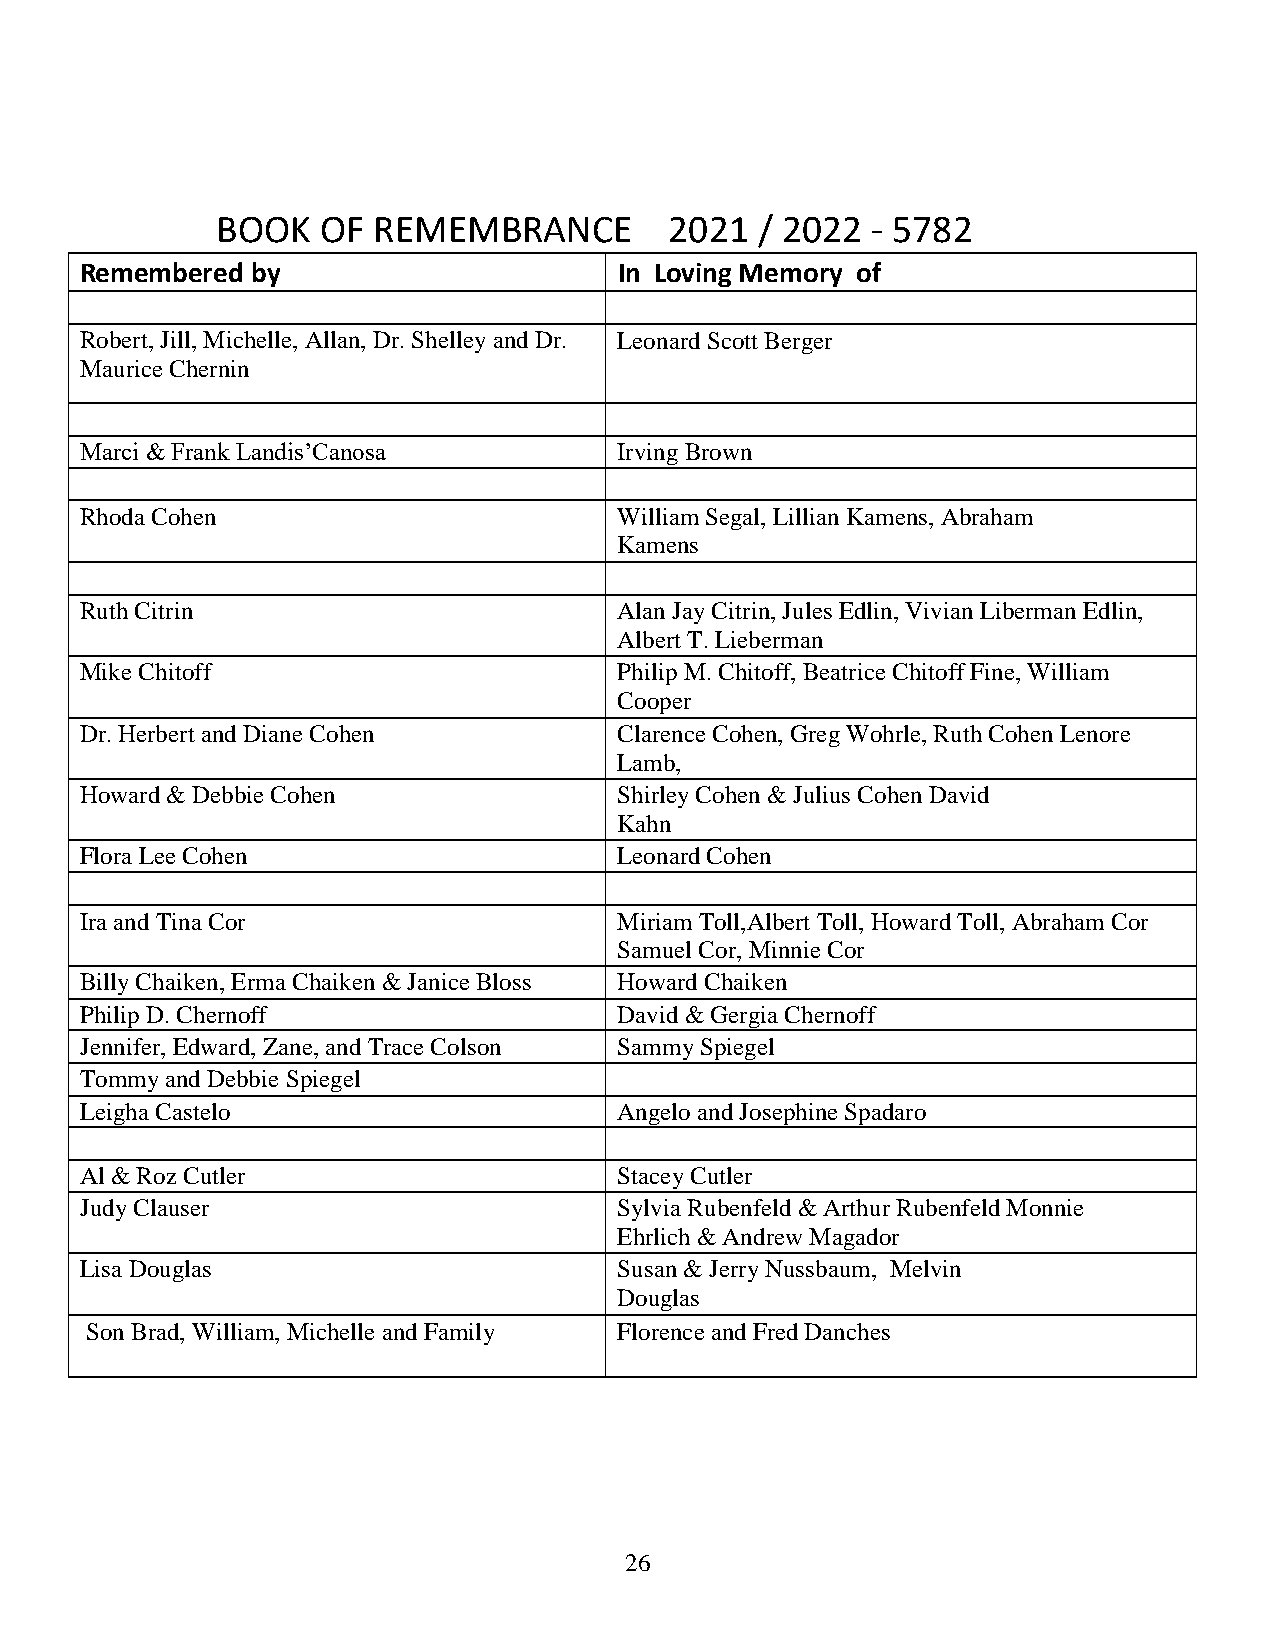
BOOK   OF  REMEMBRANCE        2021  / 2022  - 5782
 Remembered  by                      In Loving Memory of
 Robert, Jill, Michelle, Allan, Dr. Shelley and Dr. Leonard Scott Berger
 Maurice Chernin
 Marci & Frank Landis’Canosa         Irving Brown
 Rhoda Cohen                         William Segal, Lillian Kamens, Abraham
 Kamens
 Ruth Citrin                         Alan Jay Citrin, Jules Edlin, Vivian Liberman Edlin,
 Albert T. Lieberman
 Mike Chitoff                        Philip M. Chitoff, Beatrice Chitoff Fine, William
 Cooper
 Dr. Herbert and Diane Cohen         Clarence Cohen, Greg Wohrle, Ruth Cohen Lenore
 Lamb,
 Howard & Debbie Cohen               Shirley Cohen & Julius Cohen David
 Kahn
 Flora Lee Cohen                     Leonard Cohen
 Ira and Tina Cor                    Miriam Toll,Albert Toll, Howard Toll, Abraham Cor
 Samuel Cor, Minnie Cor
 Billy Chaiken, Erma Chaiken & Janice Bloss Howard Chaiken
 Philip D. Chernoff                  David & Gergia Chernoff
 Jennifer, Edward, Zane, and Trace Colson Sammy Spiegel
 Tommy and Debbie Spiegel
 Leigha Castelo                      Angelo and Josephine Spadaro
 Al & Roz Cutler                     Stacey Cutler
 Judy Clauser                        Sylvia Rubenfeld & Arthur Rubenfeld Monnie
 Ehrlich & Andrew Magador
 Lisa Douglas                        Susan & Jerry Nussbaum, Melvin
 Douglas
 Son Brad, William, Michelle and Family Florence and Fred Danches
 26